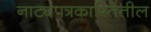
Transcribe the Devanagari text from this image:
नाट्यपत्रकारितेतील